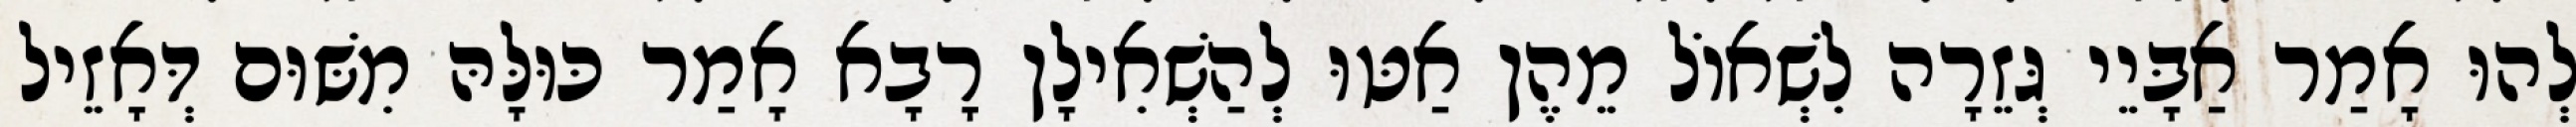
לְהוּ אָמַר אַבָּיֵי גְּזֵרָה לִשְׁאוֹל מֵהֶן אַטּוּ לְהַשְׁאִילָן רָבָא אָמַר כּוּלָּהּ מִשּׁוּם דְּאָזֵיל